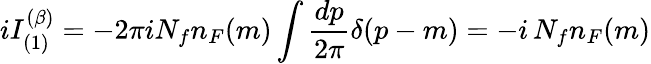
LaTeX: iI_{(1)}^{(\beta)}=-2\pi iN_{f}n_{F}(m)\int{\frac{dp}{2\pi}}\delta(p-m)=-i\, N_{f}n_{F}(m)